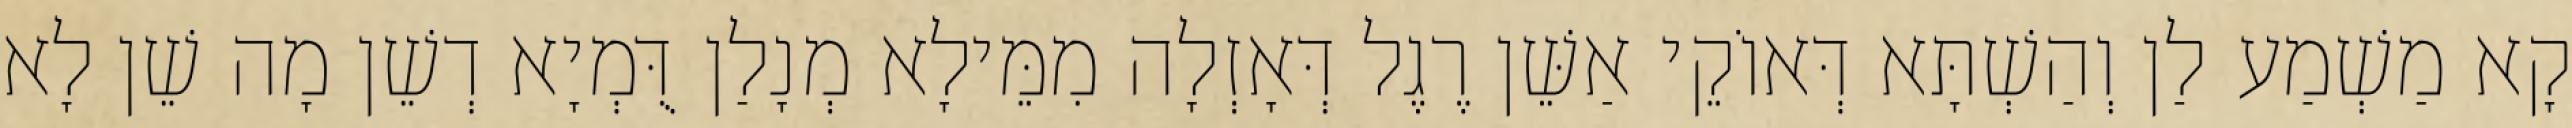
קָא מַשְׁמַע לַן וְהַשְׁתָּא דְּאוֹקֵי אַשֵּׁן רֶגֶל דְּאָזְלָה מִמֵּילָא מְנָלַן דֻּמְיָא דְשֵׁן מָה שֵׁן לָא